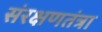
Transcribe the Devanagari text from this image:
संरक्षणतंत्रा